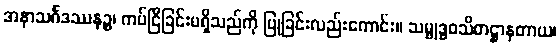
အနာသင်္ဂဒဿနဉ္စ၊ ကပ်ငြိခြင်းမရှိသည်ကို ပြုခြင်းလည်းကောင်း။ သမ္ဗုဒ္ဓဝသိတဋ္ဌာနတာယ၊